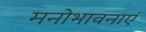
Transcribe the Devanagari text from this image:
मनोभावनाएं